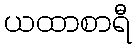
ယထာစာရီ